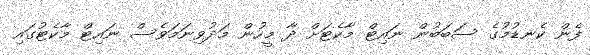
ފެން ކެނޑުމުގެ ސަބަބުން ނައިޓް މާކެޓަށް ދާ މީހުން މަދުވިނަމަވެސް ނައިޓް މާކެޓުގައި